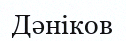
Дәніков